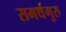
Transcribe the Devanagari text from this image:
समर्थगुरु